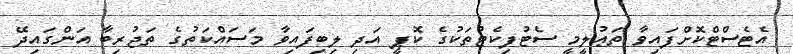
އެޓެސްޓްކޮށްފައިވާ ތަޢުލީމީ ސެޓުފިކެޓުތަކުގެ ކޮޕީ އަދި ލިބިފައިވާ މަސައްކަތުގެ ތަޖުރިބާ އަންގައިދޭ